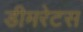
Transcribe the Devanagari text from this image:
डीमरेटस